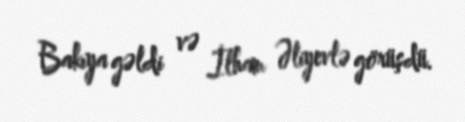
Bakıya gəldi və İlham Əliyevlə görüşdü.